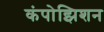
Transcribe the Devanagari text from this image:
कंपोझिशन